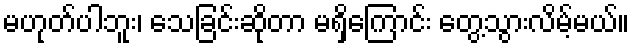
မဟုတ်ပါဘူး၊ သေခြင်းဆိုတာ မရှိကြောင်း တွေ့သွားလိမ့်မယ်။